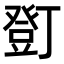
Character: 𧯫